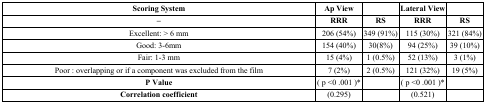
<table><thead><tr><td><b>Scoring System </b></td><td><b>Ap View</b></td><td></td><td><b>Lateral View</b></td><td></td></tr><tr><td><b>–</b></td><td><b>RRR</b></td><td><b>RS</b></td><td><b>RRR</b></td><td><b>RS</b></td></tr></thead><tbody><tr><td>Excellent: &gt; 6 mm</td><td>206 (54%)</td><td>349 (91%)</td><td>115 (30%)</td><td>321 (84%)</td></tr><tr><td>Good: 3-6mm</td><td>154 (40%)</td><td>30(8%)</td><td>94 (25%)</td><td>39 (10%)</td></tr><tr><td>Fair: 1-3 mm</td><td>15 (4%)</td><td>1 (0.5%)</td><td>52 (13%)</td><td>3 (1%)</td></tr><tr><td>Poor : overlapping or if a component was excluded from the film</td><td>7 (2%)</td><td>2 (0.5%)</td><td>121 (32%)</td><td>19 (5%)</td></tr><tr><td><b>P Value</b></td><td>( p &lt;0 .001 )*</td><td></td><td>( p &lt;0 .001 )*</td><td></td></tr><tr><td><b>Correlation coefficient</b></td><td>(0.295)</td><td></td><td>(0.521)</td><td></td></tr></tbody></table>